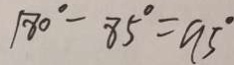
1 8 0 ^ { \circ } - 8 5 ^ { \circ } = 9 5 ^ { \circ }